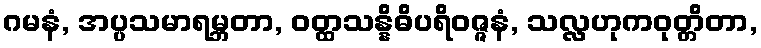
ဂမနံ, အပ္ပသမာရမ္ဘတာ, ဝတ္ထသန္နိဓိပရိဝဇ္ဇနံ, သလ္လဟုကဝုတ္တိတာ,